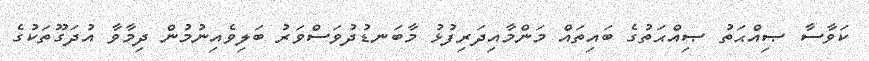
ކަވާސާ ޞިއްޙަތު ޞިއްޙަތުގެ ބައިތައް މަންމާއިދަރިފުޅު މާބަނޑުދުވަސްވަރު ބަލިވެއިނުމުން ދިމާވާ އުދަގޫތަކުގެ